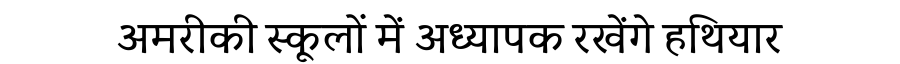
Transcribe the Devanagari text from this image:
अमरीकी स्कूलों में अध्यापक रखेंगे हथियार